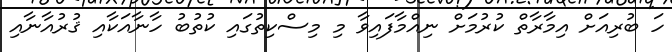
ހަ ބުރިއަށް އިމާރާތް ކުރުމަށް ނިއްމާފައިވާ މި މިސްކިތުގައި ކުތުބު ހާނާއަކާއި ޤުރުއާނާއި